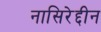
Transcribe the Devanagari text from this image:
नासिरेद्दीन